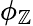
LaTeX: \phi_{\mathbb{Z}}